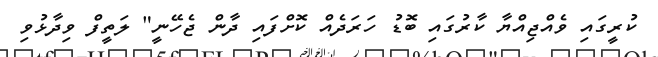
ކުރީގައި ވެއްޖިއްޔާ ކާރުގައި ބޮޑު ހަރަދެއް ކޮށްފައި ދާން ޖެހޭނީ" ލަތީފް ވިދާޅުވި